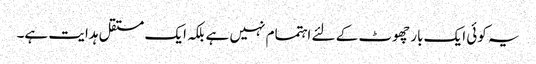
یہ کوئی ایک بار چھوٹ کے لئے اہتمام نہیں ہے بلکہ ایک مستقل ہدایت ہے۔